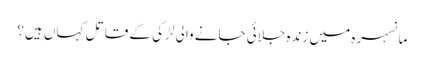
مانسہرہ میں زندہ جلائی جانے والی لڑکی کے قاتل کہاں ہیں؟